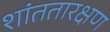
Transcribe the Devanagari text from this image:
शांततारक्षण